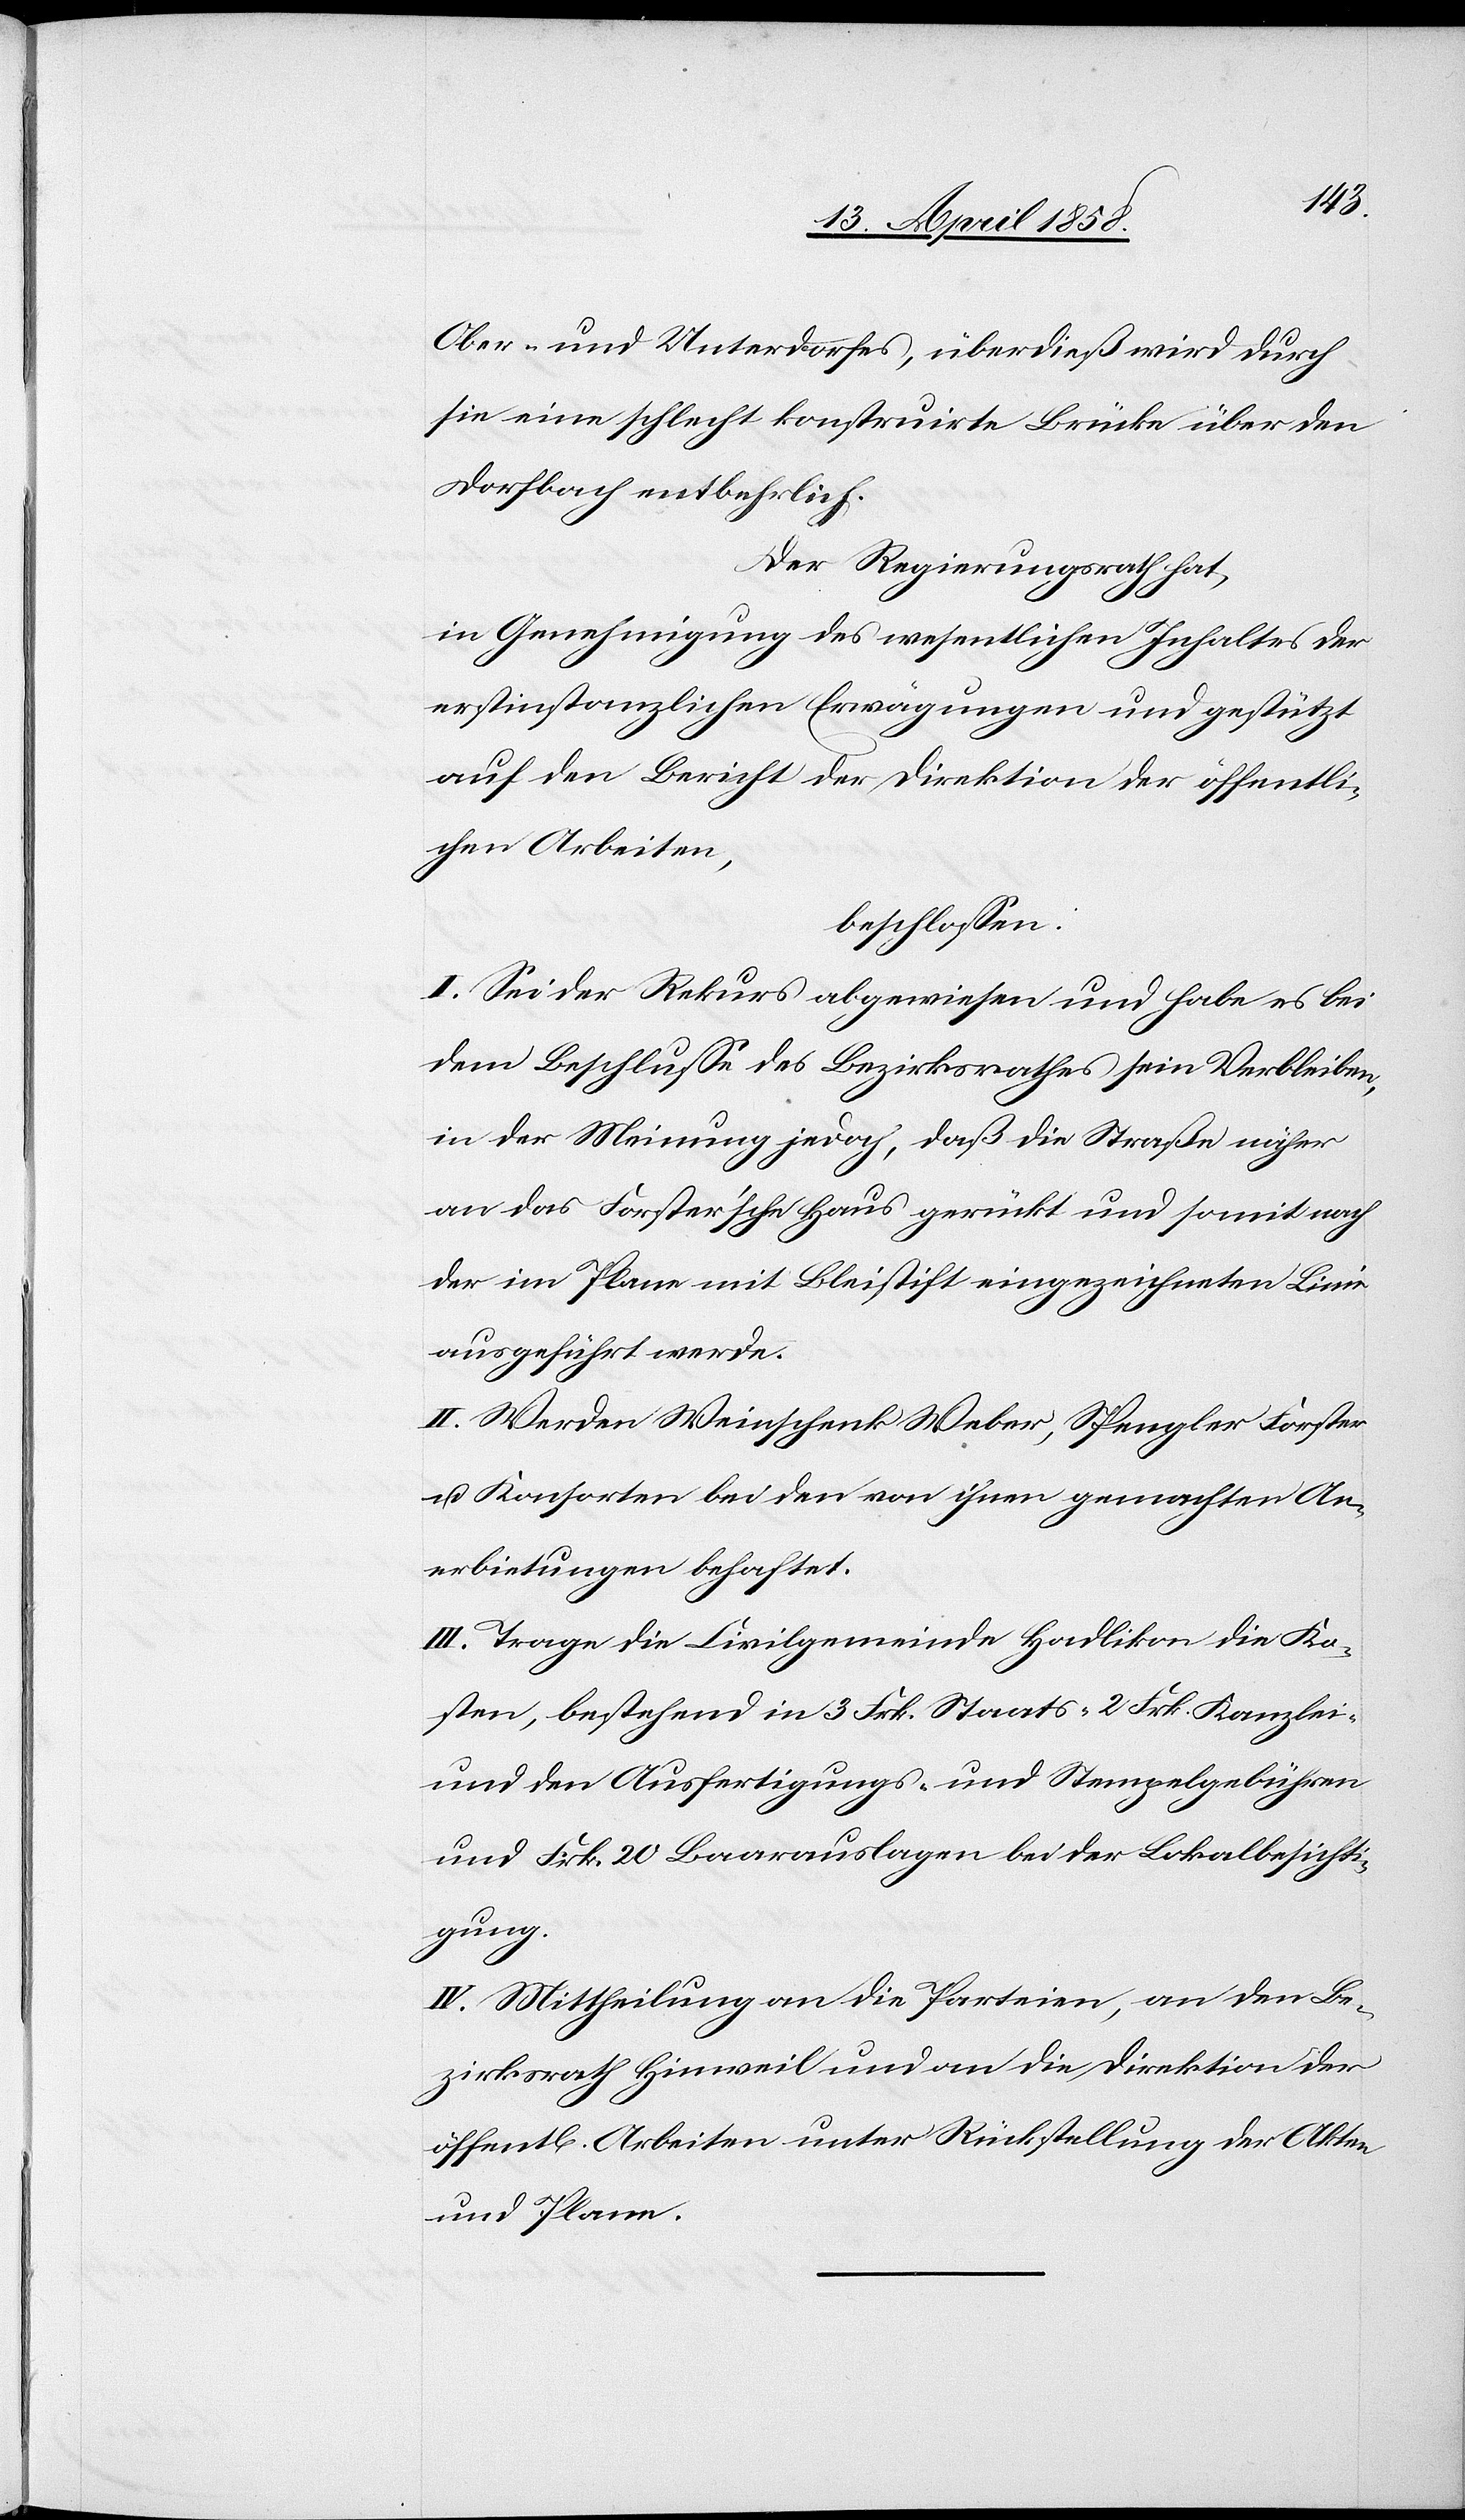
ie
Ober- und Unterdorfes, überdieß wird durch
sie eine schlecht konstruirte Brücke über den
Dorfbach entbehrlich.
Der Regierungsrath hat,
in Genehmigung des wesentlichen Inhaltes der
erstinstanzlichen Erwägungen und gestützt
auf den Bericht der Direktion der öffentli¬
chen Arbeiten,
beschlossen:
I. Sei der Rekurs abgewiesen und habe es bei
dem Beschlusse des Bezirksrathes sein Verbleiben,
in der Meinung jedoch, daß die Straße näher
an das Forster’sche Haus gerückt und somit nach
der im Plane mit Bleistift eingezeichneten Lin¬
ausgeführt werde.
II. Werden Weinschenk Weber, Spengler Forster
u. Konsorten bei den von ihnen gemachten An¬
erbietungen behaftet.
III. Trage die Civilgemeinde Hadlikon die Ko¬
sten, bestehend in 3 Frk. Staats-[,] 2 Frk. Kanzlei-
und den Ausfertigungs- und Stempelgebühren
und Frk. 20 Baarauslagen bei der Lokalbesichti¬
gung.
IV. Mittheilung an die Parteien, an den Be¬
zirksrath Hinweil und an die Direktion der
öffent[lichen] Arbeiten unter Rückstellung der Akten
und Plane.